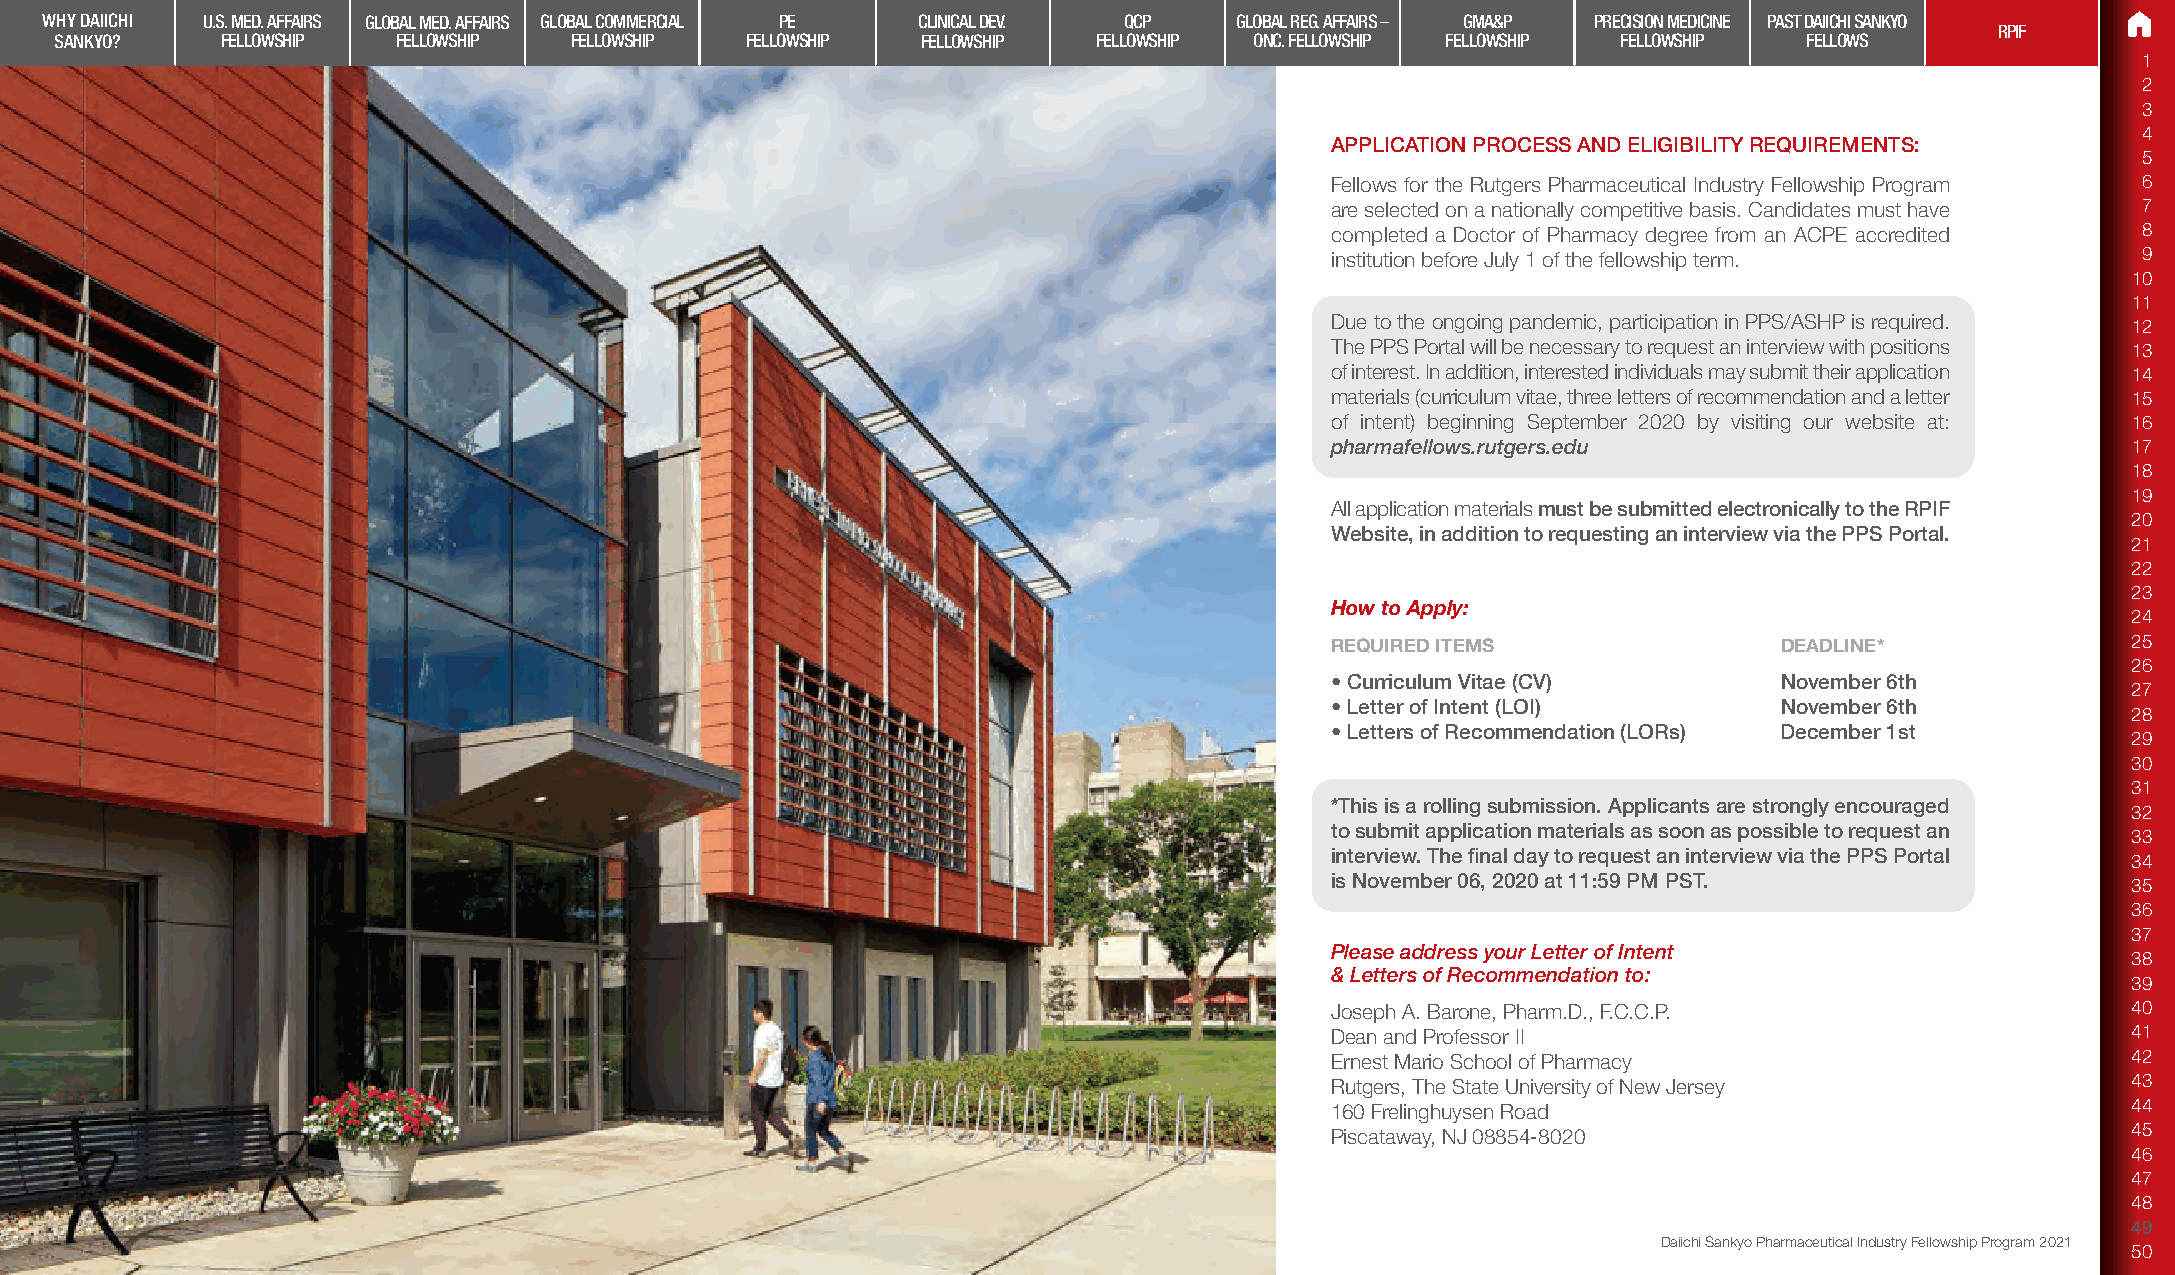
WHY DAIICHI U.S. MED. AFFAIRS GLOBAL MED. AFFAIRS GLOBAL COMMERCIAL PE CLINICAL DEV. QCP GLOBAL REG. AFFAIRS – GMA&P PRECISION MEDICINE PAST DAIICHI SANKYO
 RPIF
 SANKYO?    FELLOWSHIP FELLOWSHIP  FELLOWSHIP FELLOWSHIP  FELLOWSHIP  FELLOWSHIP ONC. FELLOWSHIP FELLOWSHIP FELLOWSHIP FELLOWS
 1
 2
 3
 4
 APPLICATION PROCESS AND ELIGIBILITY REQUIREMENTS:
 5
 Fellows for the Rutgers Pharmaceutical Industry Fellowship Program 6
 are selected on a nationally competitive basis. Candidates must have 7
 completed a Doctor of Pharmacy degree from an ACPE accredited 8
 institution before July 1 of the fellowship term.     9
 10
 11
 Due to the ongoing pandemic, participation in PPS/ASHP is required. 12
 The PPS Portal will be necessary to request an interview with positions 13
 of interest. In addition, interested individuals may submit their application 14
 materials (curriculum vitae, three letters of recommendation and a letter 15
 of intent) beginning September 2020 by visiting our website at: 16
 pharmafellows.rutgers.edu                            17
 18
 19
 All application materials must be submitted electronically to the RPIF
 20
 Website, in addition to requesting an interview via the PPS Portal.
 21
 22
 23
 How to Apply:
 24
 REQUIRED ITEMS                DEADLINE*              25
 26
 • Curriculum Vitae (CV)       November 6th
 27
 • Letter of Intent (LOI)      November 6th
 28
 • Letters of Recommendation (LORs) December 1st
 29
 30
 31
 *This is a rolling submission. Applicants are strongly encouraged
 32
 to submit application materials as soon as possible to request an
 33
 interview. The final day to request an interview via the PPS Portal
 34
 is November 06, 2020 at 11:59 PM PST.                35
 36
 37
 Please address your Letter of Intent
 38
 & Letters of Recommendation to:
 39
 Joseph A. Barone, Pharm.D., F.C.C.P.                 40
 Dean and Professor II                                41
 Ernest Mario School of Pharmacy                      42
 Rutgers, The State University of New Jersey          43
 160 Frelinghuysen Road                               44
 45
 Piscataway, NJ 08854-8020
 46
 47
 48
 49
 Daiichi Sankyo Pharmaceutical Industry Fellowship Program 2021
 50